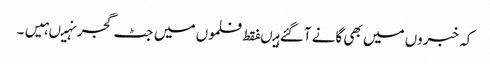
کہ خبروں میں بھی گانے آگئے ہیںفقط فلموں میں جٹ گجر نہیںہیں۔